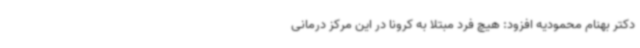
دکتر بهنام محمودیه افزود: هیچ فرد مبتلا به کرونا در این مرکز درمانی